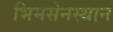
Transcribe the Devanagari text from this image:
भिमसेनस्थान